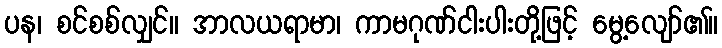
ပန၊ စင်စစ်လျှင်။ အာလယရာမာ၊ ကာမဂုဏ်ငါးပါးတို့ဖြင့် မွေ့လျော်၏။